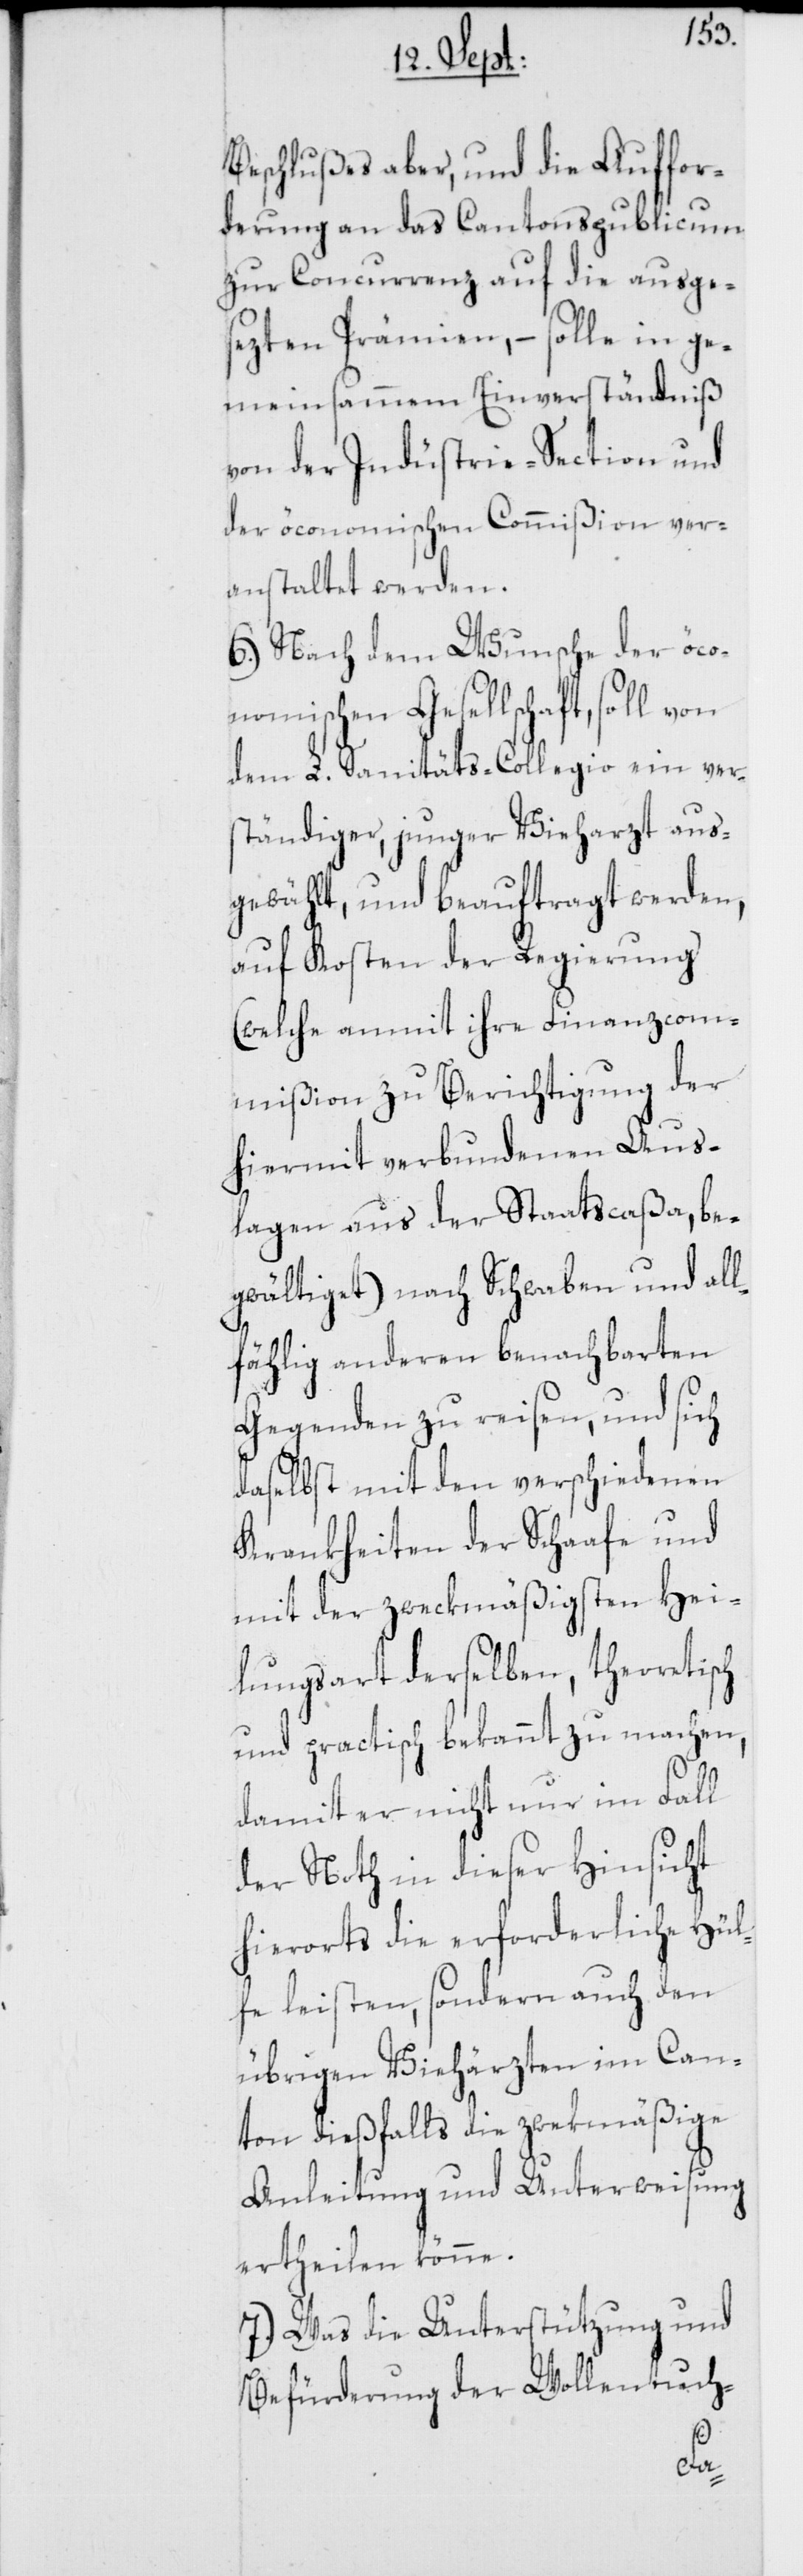
Beschlußes aber, und die Auffor¬
derung an das Cantonspublicum
zur Concurrenz auf die ausge¬
sezten Prämien, – solle in ge¬
meinsammem Einverständniß
von der Indüstrie-Section und
der öconomischen Commißion ver¬
anstaltet werden.
6.) Nach dem Wunsche der öco¬
nomischen Gesellschaft, soll von
dem L. Sanitäts-Collegio ein ver¬
ständiger, junger Vieharzt aus¬
gewählt und beauftragt werden,
auf Kosten der Regierung
(welche anmit ihre Finanzcom¬
mißion zu Berichtigung der
hiermit verbundenen Aus¬
lagen aus der Staatscaßa, be¬
gwältiget) nach Schwaben und all¬
fählig anderen benachbarten
Gegenden zu reisen, und sich
daselbst mit den verschiedenen
Krankheiten der Schaafe und
mit der zweckmäßigsten Hei¬
lungsart derselben, theoretisch
und practisch bekannt zu machen,
damit er nicht nur im Fall
der Noth in dieser Hinsicht
hierorts die erforderliche Hül¬
fe leisten, sondern auch den
übrigen Viehärzten im Can¬
ton dießfalls die zwekmäßige
Anleitung und Unterweisung
ertheilen könne.
7.) Was die Unterstützung und
Befürderung der